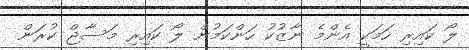
ލޯ ކައިރި ހަމަކީ އެންމެ ނާޒުކު ހަންކަމުން ލޯ ކައިރި މަސާޖް ކުރަން